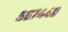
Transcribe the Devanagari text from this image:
६६७४४०